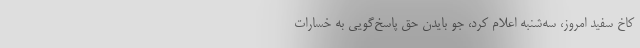
کاخ سفید امروز، سه‌شنبه اعلام کرد، جو بایدن حق پاسخ‌گویی به خسارات